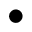
\bullet